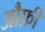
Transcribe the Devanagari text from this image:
औफ़ी